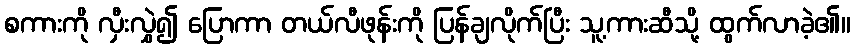
စကားကို လှီးလွှဲ၍ ပြောကာ တယ်လီဖုန်းကို ပြန်ချလိုက်ပြီး သူ့ကားဆီသို့ ထွက်လာခဲ့၏။